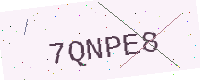
Text: 7QNPE8